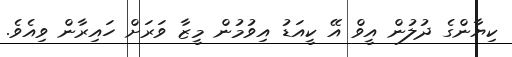
ކިޔާންގެ ދުލުން އީވް އޭ ކީއަޑު އިވުމުން މީޒާ ވަރަށް ހައިރާން ވިއެވެ.